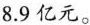
8.9亿元。